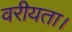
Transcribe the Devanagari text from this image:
वरीयता।